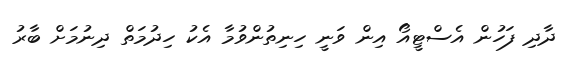
ދާދި ފަހުން އެސްޓީއޯ އިން ވަނީ ހިނިތުންވުމާ އެކު ހިދުމަތް ދިނުމަށް ބާރު